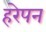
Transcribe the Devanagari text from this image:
हरेपन